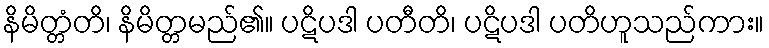
နိမိတ္တံတိ၊ နိမိတ္တမည်၏။ ပဋိပဒါ ပတီတိ၊ ပဋိပဒါ ပတိဟူသည်ကား။